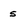
Character: s